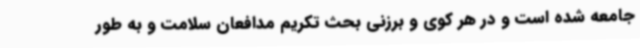
جامعه شده است و در هر کوی و برزنی بحث تکریم مدافعان سلامت و به طور